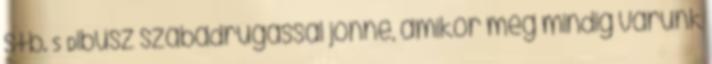
stb. S Dibusz szabadrúgással jönne, amikor még mindig várunk